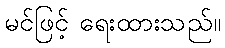
မင်ဖြင့် ရေးထားသည်။